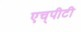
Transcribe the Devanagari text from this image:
एच्‌पीटी